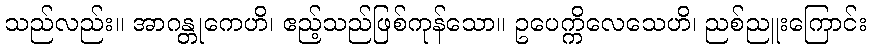
သည်လည်း။ အာဂန္တုကေဟိ၊ ဧည့်သည်ဖြစ်ကုန်သော။ ဥပေက္ကိလေသေဟိ၊ ညစ်ညူးကြောင်း